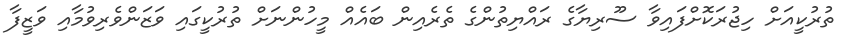
ތުރުކީއަށް ހިޖުރަކޮށްފައިވާ ސޫރިޔާގެ ރައްޔިތުންގެ ތެރެއިން ބައެއް މީހުންނަށް ތުރުކީގައި ވަޒަންވެރިވުމާއި ވަޒީފާ